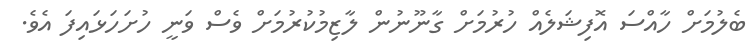
ބެލުމަށް ހާއްސަ އޮފިޝަލެއް ހުރުމަށް ގާނޫނުން ލާޒިމުކުރުމަށް ވެސް ވަނީ ހުށަހަޅައިފަ އެވެ.